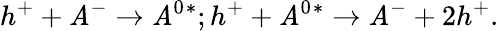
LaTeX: {h^{+}}+{\mathit{A}^{-}}\rightarrow\mathit{A}^{0}{^*};{h^{+}}+{\mathit{A}^{0}{^*}}\rightarrow\mathit{A}^{-}+2{h^{+}}.